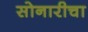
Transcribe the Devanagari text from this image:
सोनारीचा